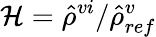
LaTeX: \mathcal{H}=\hat{\rho}^{vi}/\hat{\rho}_{ref}^{v}